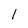
Character: l